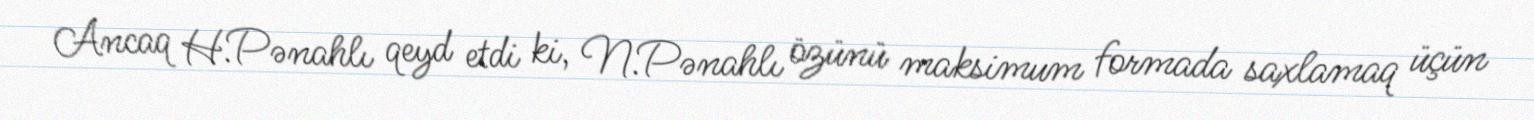
Ancaq H.Pənahlı qeyd etdi ki, N.Pənahlı özünü maksimum formada saxlamaq üçün